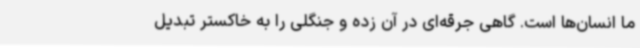
ما انسان‌ها است. گاهی جرقه‌ای در آن زده و جنگلی را به خاکستر تبدیل